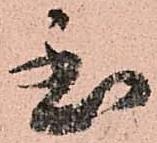
至